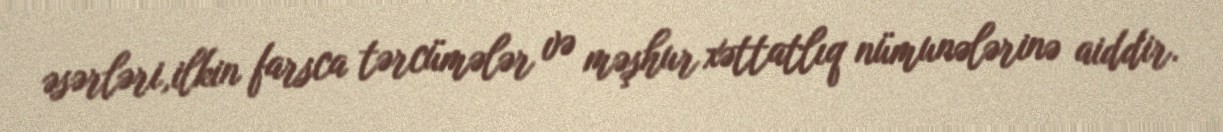
əsərləri,ilkin farsca tərcümələr və məşhur xəttatlıq nümunələrinə aiddir.